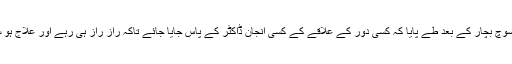
کافی سوچ بچار کے بعد طے پایا کہ کسی دور کے علاقے کے کسی انجان ڈاکٹر کے پاس جایا جائے تاکہ راز راز ہی رہے اور علاج ہو سکے۔